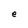
Character: e